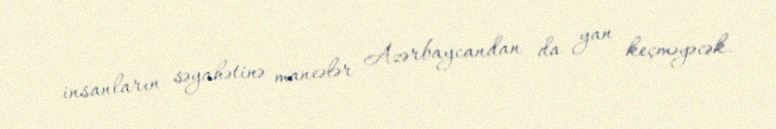
insanların səyahətinə maneələr Azərbaycandan da yan keçməyəcək.